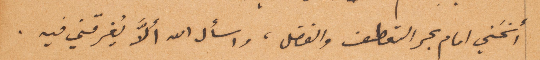
انحني امام بحر التعطف والفضل، واسأل الله الا يُغرقني فيه